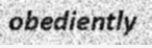
obediently